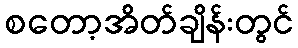
စတော့အိတ်ချိန်းတွင်